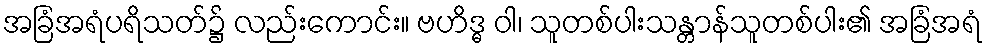
အခြံအရံပရိသတ်၌ လည်းကောင်း။ ဗဟိဒ္ဓ ဝါ၊ သူတစ်ပါးသန္တာန်သူတစ်ပါး၏ အခြံအရံ